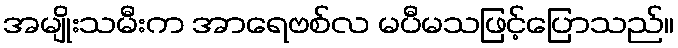
အမျိုးသမီးက အာရေဗစ်လ မပီမသဖြင့်ပြောသည်။